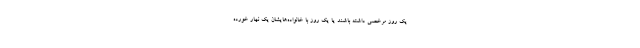
یک روز مرخصی داشته باشند یا یک روز با خانواده‌هایشان یک نهار خورده